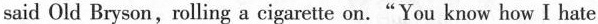
said Old Bryson,rolling a cigarette on."You know how I hate